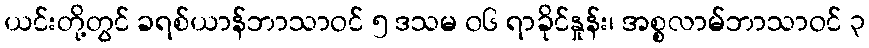
ယင်းတို့တွင် ခရစ်ယာန်ဘာသာဝင် ၅ ဒသမ ၀၆ ရာခိုင်နှုန်း၊ အစ္စလာမ်ဘာသာဝင် ၃